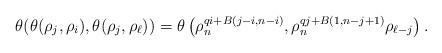
LaTeX: \begin{align*} \theta (\theta(\rho_{j}, \rho_{i}), \theta(\rho_{j}, \rho_{\ell}))&=\theta\left(\rho_n^{qi+B(j-i,n-i)}, \rho_n^{qj+B(1,n-j+1)} \rho_{\ell-j}\right).\end{align*}